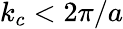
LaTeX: k_{c}<2\pi/a